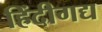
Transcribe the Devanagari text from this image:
हिंदीगद्य